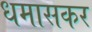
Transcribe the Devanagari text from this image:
धमासकर